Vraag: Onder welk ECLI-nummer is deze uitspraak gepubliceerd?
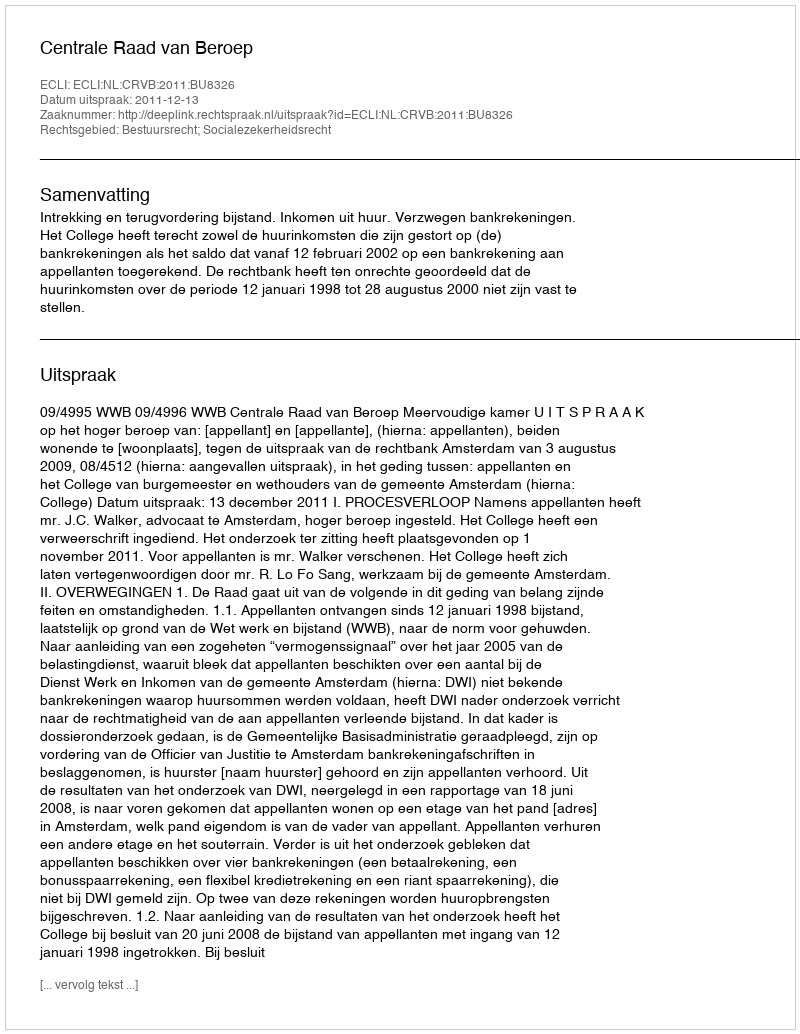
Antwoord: ECLI:NL:CRVB:2011:BU8326